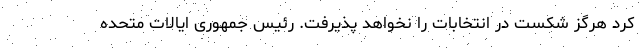
کرد هرگز شکست در انتخابات را نخواهد پذیرفت. رئیس جمهوری ایالات متحده